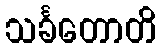
သင်္ခတောတိ